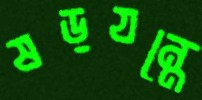
ষড়যন্ত্রে